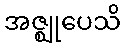
အဇ္ဈုပေသိ